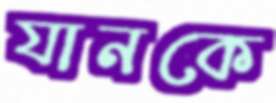
যানকে